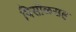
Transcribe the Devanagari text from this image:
पिसोळसह